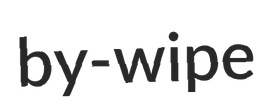
by-wipe